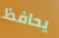
يحافظ